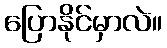
ပြောနိုင်မှာလဲ။